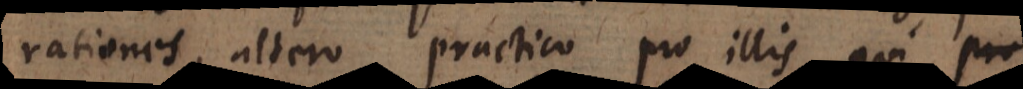
rationes, altero practico pro illis qui